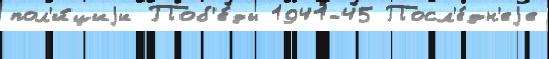
пол'и́циjи Поб'е́ды 1941-45 Посл'е́дн'еjе